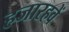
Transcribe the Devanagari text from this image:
हजारहवें